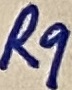
Text: R9